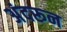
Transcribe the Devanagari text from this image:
अंदरून